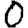
Digit: 0